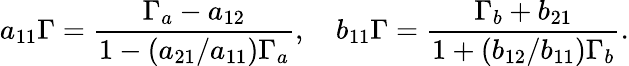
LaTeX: a_{11}\Gamma=\frac{\Gamma_{a}-a_{12}}{1-(a_{21}/a_{11})\Gamma_{a}},\quad b_{11}\Gamma=\frac{\Gamma_{b}+b_{21}}{1+(b_{12}/b_{11})\Gamma_{b}}.